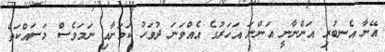
އޭނާ އެނބުރި އަންނާނީ އަންނަ އަހަރުގެ އެއްވަނަ ދުވަހު ކަމަށާއި ނަމަވެސް މަސައްކަތް